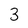
Character: 3